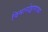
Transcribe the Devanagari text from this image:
विमानोड्डाणाच्या